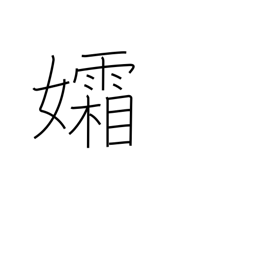
Meaning: widow